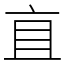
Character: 𬽈